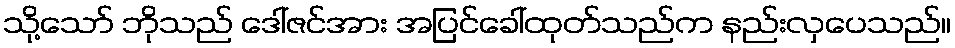
သို့သော် ဘိုသည် ဒေါ်ဇင်အား အပြင်ခေါ်ထုတ်သည်က နည်းလှပေသည်။